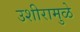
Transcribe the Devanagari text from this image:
उशीरामुळे